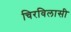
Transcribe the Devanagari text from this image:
चिरविलासी